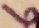
Text: 6